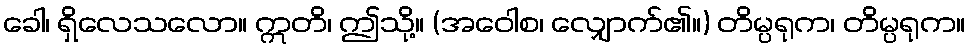
ခေါ၊ ရှိလေသလော။ ဣတိ၊ ဤသို့။ (အဝေါစ၊ လျှောက်၏။) တိမ္ပရုက၊ တိမ္ပရုက။